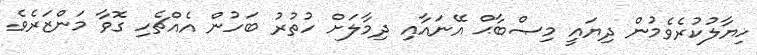
ޚިޔާލުކުރެވެމުން ދިޔައީ މިޞްބާޙް އޭނައާއި ދިމާލަށް ހުތުރު ބަހުން އެއްޗެހި ގޮވާ މަންޒަރެވެ.